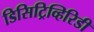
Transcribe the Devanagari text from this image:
डिसिट्रिव्हिरिडी